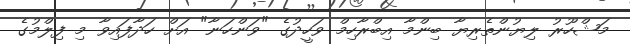
މަޝްހޫރު ލިޔުންތެރިޔާ ބިންމާ އިބްރާހިމް ވަހީދުގެ "ވަންހަނާ" އަށް ހަދާފައިވާ މި ފިލްމުގެ